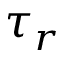
\tau _ { r }